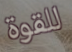
للقوة